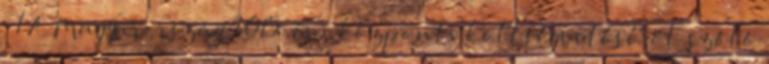
§ 1 A Magyarország 2015. évi központi költségvetéséről szóló